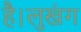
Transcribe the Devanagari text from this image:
है।लुखंग